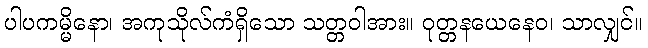
ပါပကမ္မိနော၊ အကုသိုလ်ကံရှိသော သတ္တဝါအား။ ဝုတ္တနယေနေဝ၊ သာလျှင်။